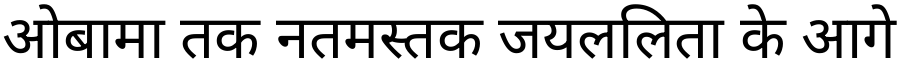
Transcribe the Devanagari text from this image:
ओबामा तक नतमस्तक जयललिता के आगे